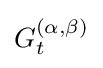
G_{t}^{(\alpha ,\beta )}